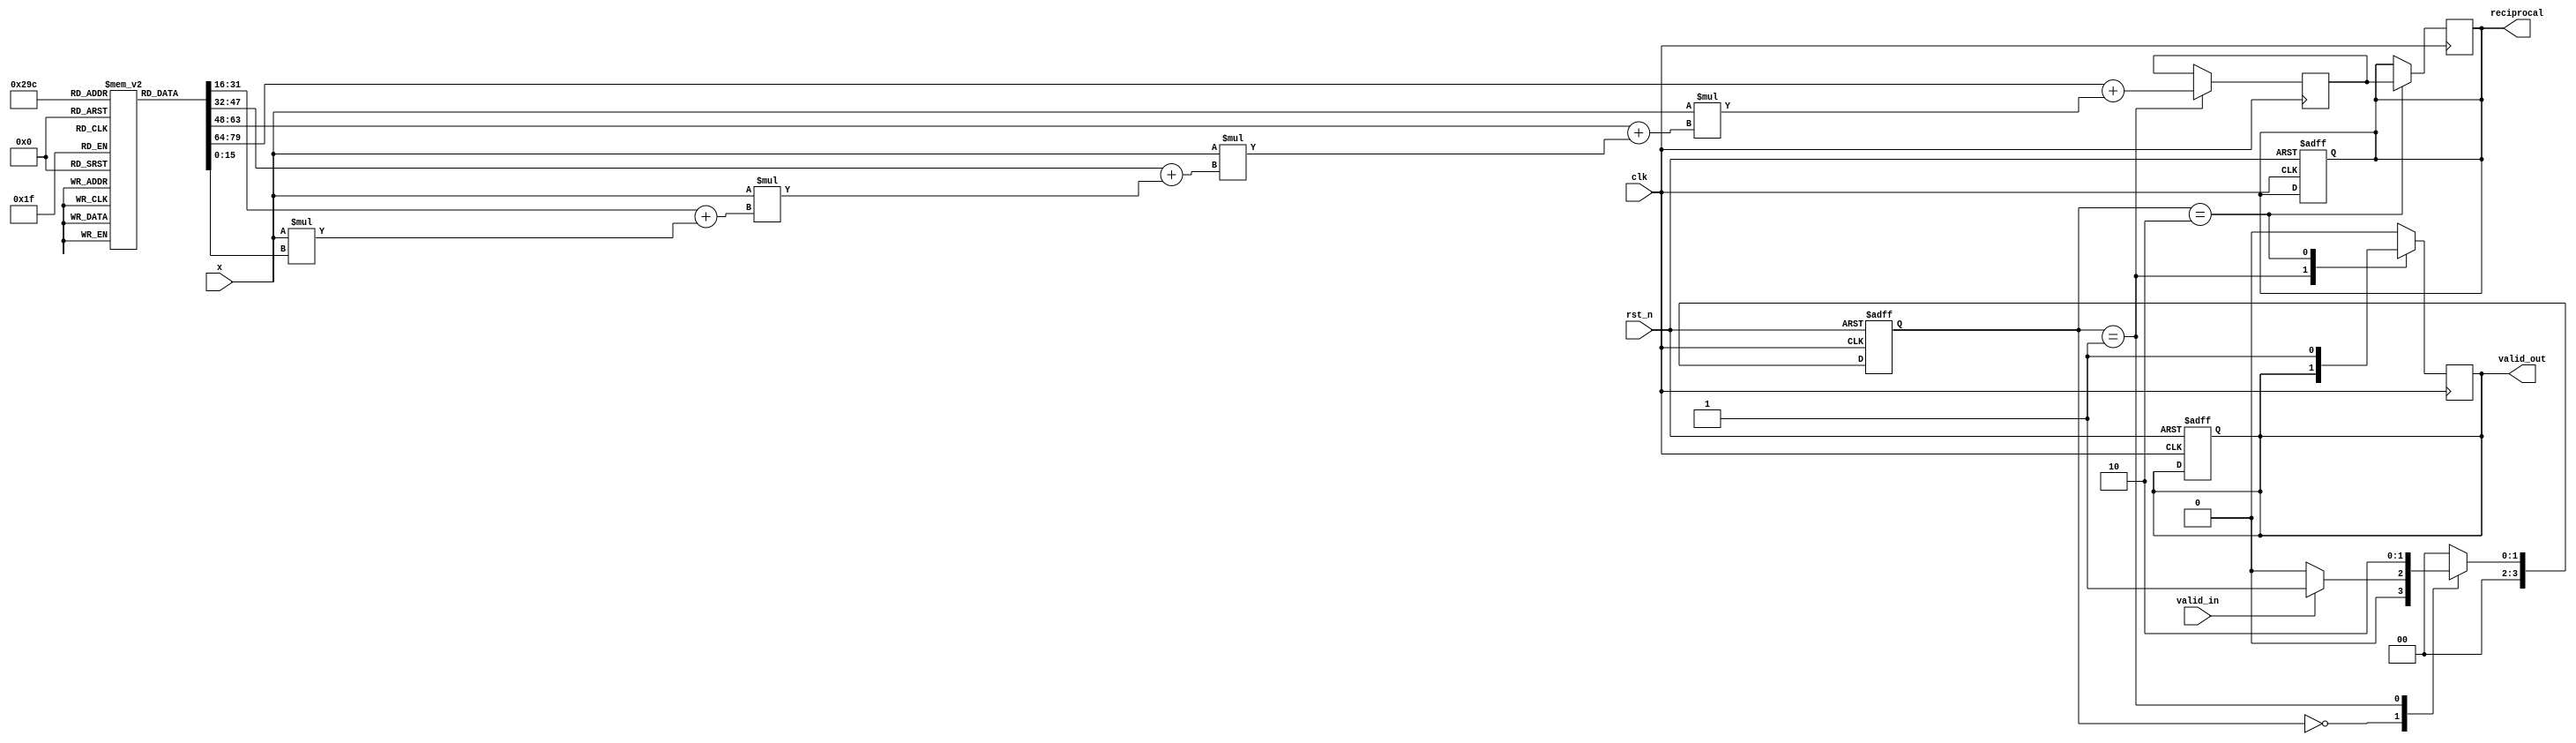
module poly_reciprocal #(parameter WIDTH = 16, COEFF_WIDTH = 16, NUM_COEFF = 5)(
    input wire clk,
    input wire rst_n,
    input wire valid_in,
    input wire [WIDTH-1:0] x,
    output reg valid_out,
    output reg [WIDTH-1:0] reciprocal
);

// Polynomial coefficients for the reciprocal approximation
// These coefficients should be pre-computed for your polynomial
reg [COEFF_WIDTH-1:0] coeff [0:NUM_COEFF-1];

// Internal signals
reg [WIDTH-1:0] x_squared, result;
reg [3:0] state, next_state;

// State definitions
localparam IDLE       = 4'd0,
           EVAL       = 4'd1,
           OUTPUT     = 4'd2;

// Coefficients initialization (example coefficients for R(x))
initial begin
    coeff[0] = 16'h1A2; // c0
    coeff[1] = 16'hF1F; // c1
    coeff[2] = 16'h0C;  // c2
    coeff[3] = 16'h2B;  // c3
    coeff[4] = 16'h0F;  // c4
end

// State machine process
always @(posedge clk or negedge rst_n) begin
    if (!rst_n) begin
        state <= IDLE;
        valid_out <= 1'b0;
        reciprocal <= {WIDTH{1'b0}};
    end
    else begin
        state <= next_state;
    end
end

// Next state logic
always @(*) begin
    case (state)
        IDLE: begin
            if (valid_in) begin
                next_state = EVAL;
            end else begin
                next_state = IDLE;
            end
        end
        EVAL: begin
            next_state = OUTPUT; // Go to OUTPUT after evaluation
        end
        OUTPUT: begin
            next_state = IDLE; // Go back to IDLE after output
        end
        default: next_state = IDLE;
    endcase
end

// Polynomial evaluation using Horner's method
always @(posedge clk) begin
    case (state)
        EVAL: begin
            // Compute x^2
            x_squared <= x * x;

            // Horner's method for evaluating R(x) = c0 + x(c1 + x(c2 + x(c3 + x*c4)))
            result <= coeff[0] + x * (coeff[1] + x * (coeff[2] + x * (coeff[3] + x * coeff[4])));
        end
        OUTPUT: begin
            // Normalize the result to get the reciprocal
            reciprocal <= result; // May include scaling based on your application
            valid_out <= 1'b1; // Set valid output high
        end
        default: valid_out <= 1'b0; // Clear valid output in IDLE
    endcase
end

endmodule